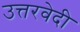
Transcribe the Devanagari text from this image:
उत्तरवेदी